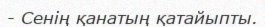
- Сенің қанатың қатайыпты.